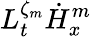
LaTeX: L_{t}^{\zeta_{m}}\dot{H}_{x}^{m}